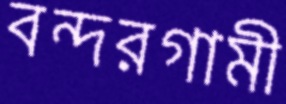
বন্দরগামী